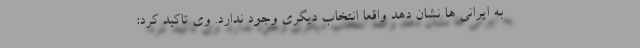
به ایرانی ها نشان دهد واقعا انتخاب دیگری وجود ندارد. وی تاکید کرد: